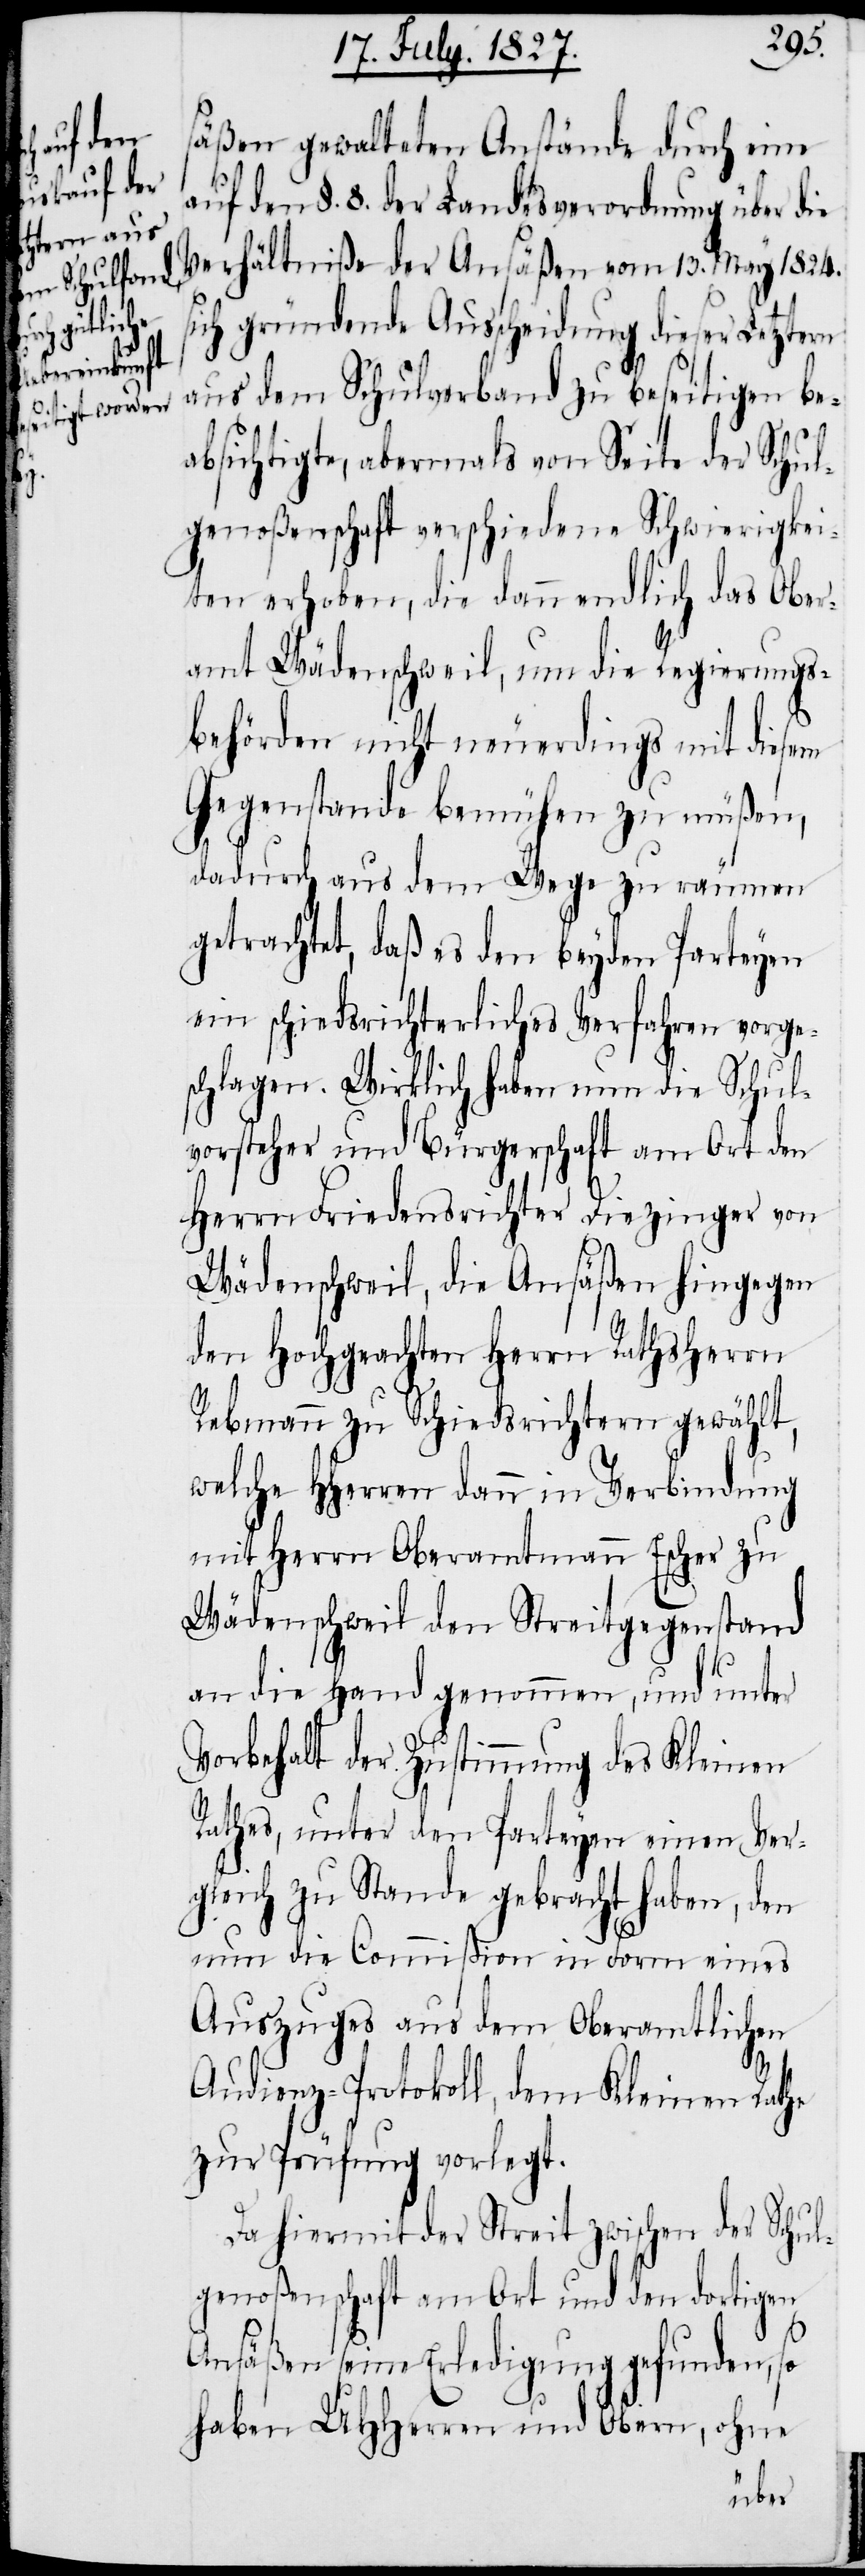
säßen gewalteten Anstände durch eine
auf den §. 8. der Landesverordnung über die
Verhältniße der Ansäßen vom 13. May 1824.
sich gründende Ausscheidung dieser Letztern
aus dem Schulverband zu beseitigen be¬
absichtigte, abermals von Seite der Schul¬
genoßenschaft verschiedene Schwierigkei¬
ten erhoben, die dann endlich das Ober¬
amt Wädenschweil, um die Regierungs¬
behörden nicht neuerdings mit diesem
Gegenstande bemühen zu müßen,
dadurch aus dem Wege zu räumen
getrachtet, daß es den beyden Parteyen
ein schiedsrichterliches Verfahren vorges¬
chlagen. Wirklich haben nun die Schul¬
vorsteher und Bürgerschaft am Ort den
Herrn Friedensrichter Diezinger von
Wädenschweil, die Ansäßen hingegen
den Hochgeachten Herrn Rathsherrn
Rebmann zu Schiedsrichtern gewählt,
welche HHerren dann in Verbindung
mit Herrn Oberamtmann Escher zu
Wädenschweil den Streitgegenstand
an die Hand genommen, und unter
Vorbehalt der Zustimmung des Kleinen
Rathes, unter den Parteyen einen Ver¬
gleich zu Stande gebracht haben, den
nun die Commißion in Form eines
Auszuges aus dem Oberamtlichen
Audienz-Protokoll, dem Kleinen Rathe
zur Prüfung vorlegt.
Da hiermit der Streit zwischen der Schul¬
genoßenschaft am Ort und den dortigen
Ansäßen seine Erledigung gefunden, so
haben UHHerren und Obern, ohne